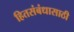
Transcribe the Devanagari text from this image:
हितसंबंधासाठी